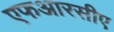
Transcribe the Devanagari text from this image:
एफआरसीए